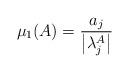
LaTeX: \begin{align*} \mu_1(A)=\frac{a_j}{\left|\lambda_j^A\right|}\end{align*}